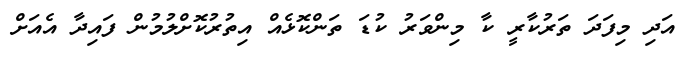
އަދި މިފަދަ ތަރުކާރީ ކާ މިންވަރު ކުޑަ ތަންކޮޅެއް އިތުރުކޮށްލުމުން ފައިދާ އެއަށް